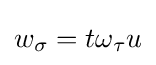
w_{\sigma }=t\omega _{\tau }u